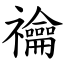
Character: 禴